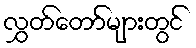
လွှတ်တော်များတွင်